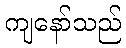
ကျနော်သည်